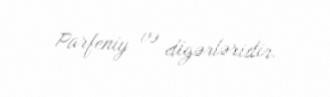
Parfeniy və digərləridir.